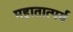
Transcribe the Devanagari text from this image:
महातात्पर्य